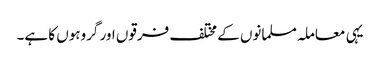
یہی معاملہ مسلمانوں کے مختلف فرقوں اور گروہوں کا ہے۔